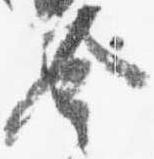
令